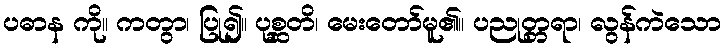
ပဓာန ကို။ ကတွာ၊ ပြု၍။ ပုစ္ဆတိ၊ မေးတော်မူ၏။ ပညုတ္တရာ၊ လွန်ကဲသော